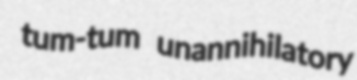
tum-tum unannihilatory